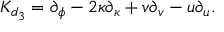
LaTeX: { K } _ { d _ { 3 } } = \partial _ { \phi } - 2 \kappa \partial _ { \kappa } + v \partial _ { v } - u \partial _ { u } .